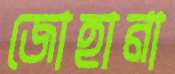
জোহানা